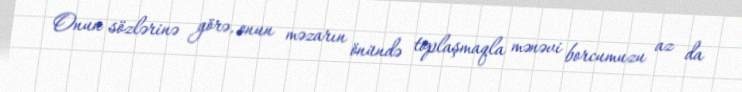
Onun sözlərinə görə, onun məzarın önündə toplaşmaqla mənəvi borcumuzu az da